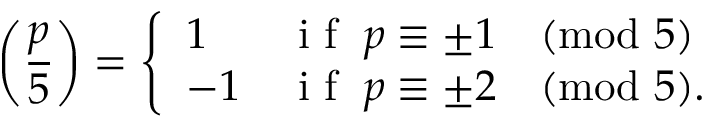
\left( { \frac { p } { 5 } } \right) = { \left\{ \begin{array} { l l } { 1 } & { { \textrm { i f } } \; p \equiv \pm 1 { \pmod { 5 } } } \\ { - 1 } & { { \textrm { i f } } \; p \equiv \pm 2 { \pmod { 5 } } . } \end{array} \right. }